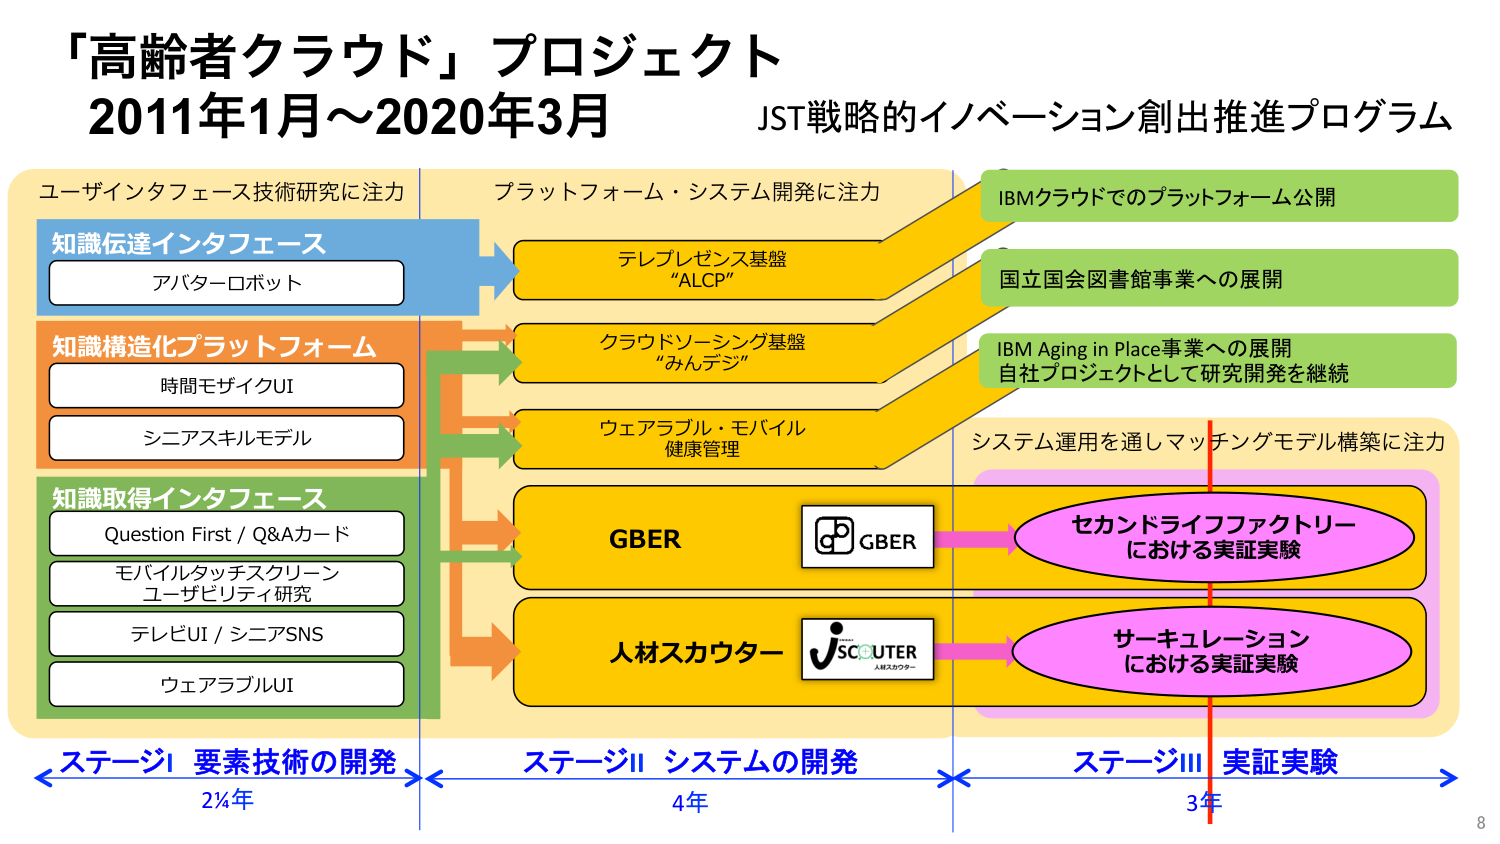
「高齢者クラウド」プロジェクト
2011年1月～2020年3月
JST戦略的イノベーション創出推進プログラム

ユーザインタフェース技術研究に注力
知識伝達インタフェース
アバターロボット

知識構造化プラットフォーム
時間モザイクUI
シニアスキルモデル

知識取得インタフェース
Question First / Q&Aカード
モバイルタッチスクリーン
ユーザビリティ研究
テレビUI / シニアSNS
ウェアラブルUI

プラットフォーム・システム開発に注力
テレプレゼンス基盤
“ALCP”

クラウドソーシング基盤
“みんデジ”

ウェアラブル・モバイル
健康管理

GBER
人材スカウター

IBMクラウドでのプラットフォーム公開
国立国会図書館事業への展開
IBM Aging in Place事業への展開
自社プロジェクトとして研究開発を継続

システム運用を通しマッチングモデル構築に注力
セカンドライフファクトリー
における実証実験

サーキュレーション
における実証実験

ステージI 要素技術の開発
2¼年

ステージII システムの開発
4年

ステージIII 実証実験
3年

8